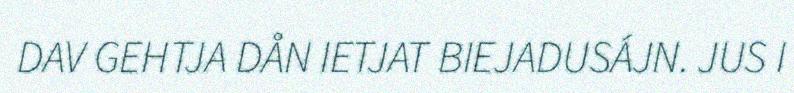
DAV GEHTJA DÅN IETJAT BIEJADUSÁJN. JUS I